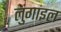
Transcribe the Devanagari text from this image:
लुंगाइल